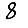
Digit: 8